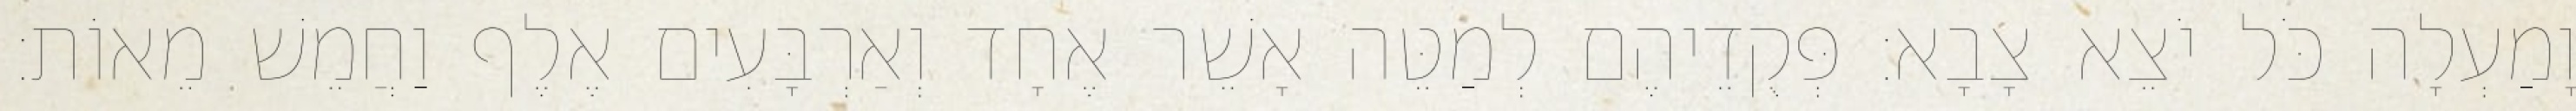
וָמַעְלָה כֹּל יֹצֵא צָבָא׃ פְּקֻדֵיהֶם לְמַטֵּה אָשֵׁר אֶחָד וְאַרְבָּעִים אֶלֶף וַחֲמֵשׁ מֵאוֹת׃